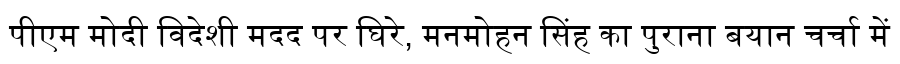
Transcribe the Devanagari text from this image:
पीएम मोदी विदेशी मदद पर घिरे, मनमोहन सिंह का पुराना बयान चर्चा में